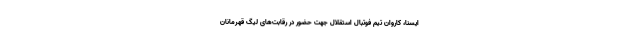
ایسنا، کاروان تیم فوتبال استقلال جهت حضور در رقابت‌های لیگ قهرمانان